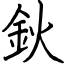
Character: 鈥